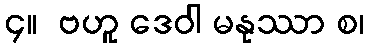
၄။  ဗဟူ ဒေဝါ မနုဿာ စ၊